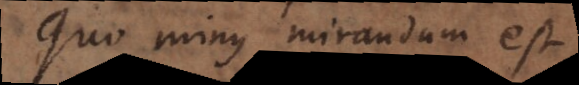
Quo minus mirandum est